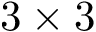
3 \times 3